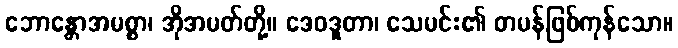
ဘောန္တောအမစ္စာ၊ အိုအမတ်တို့။ ဒေဝဒူတာ၊ သေမင်း၏ တမန်ဖြစ်ကုန်သော။